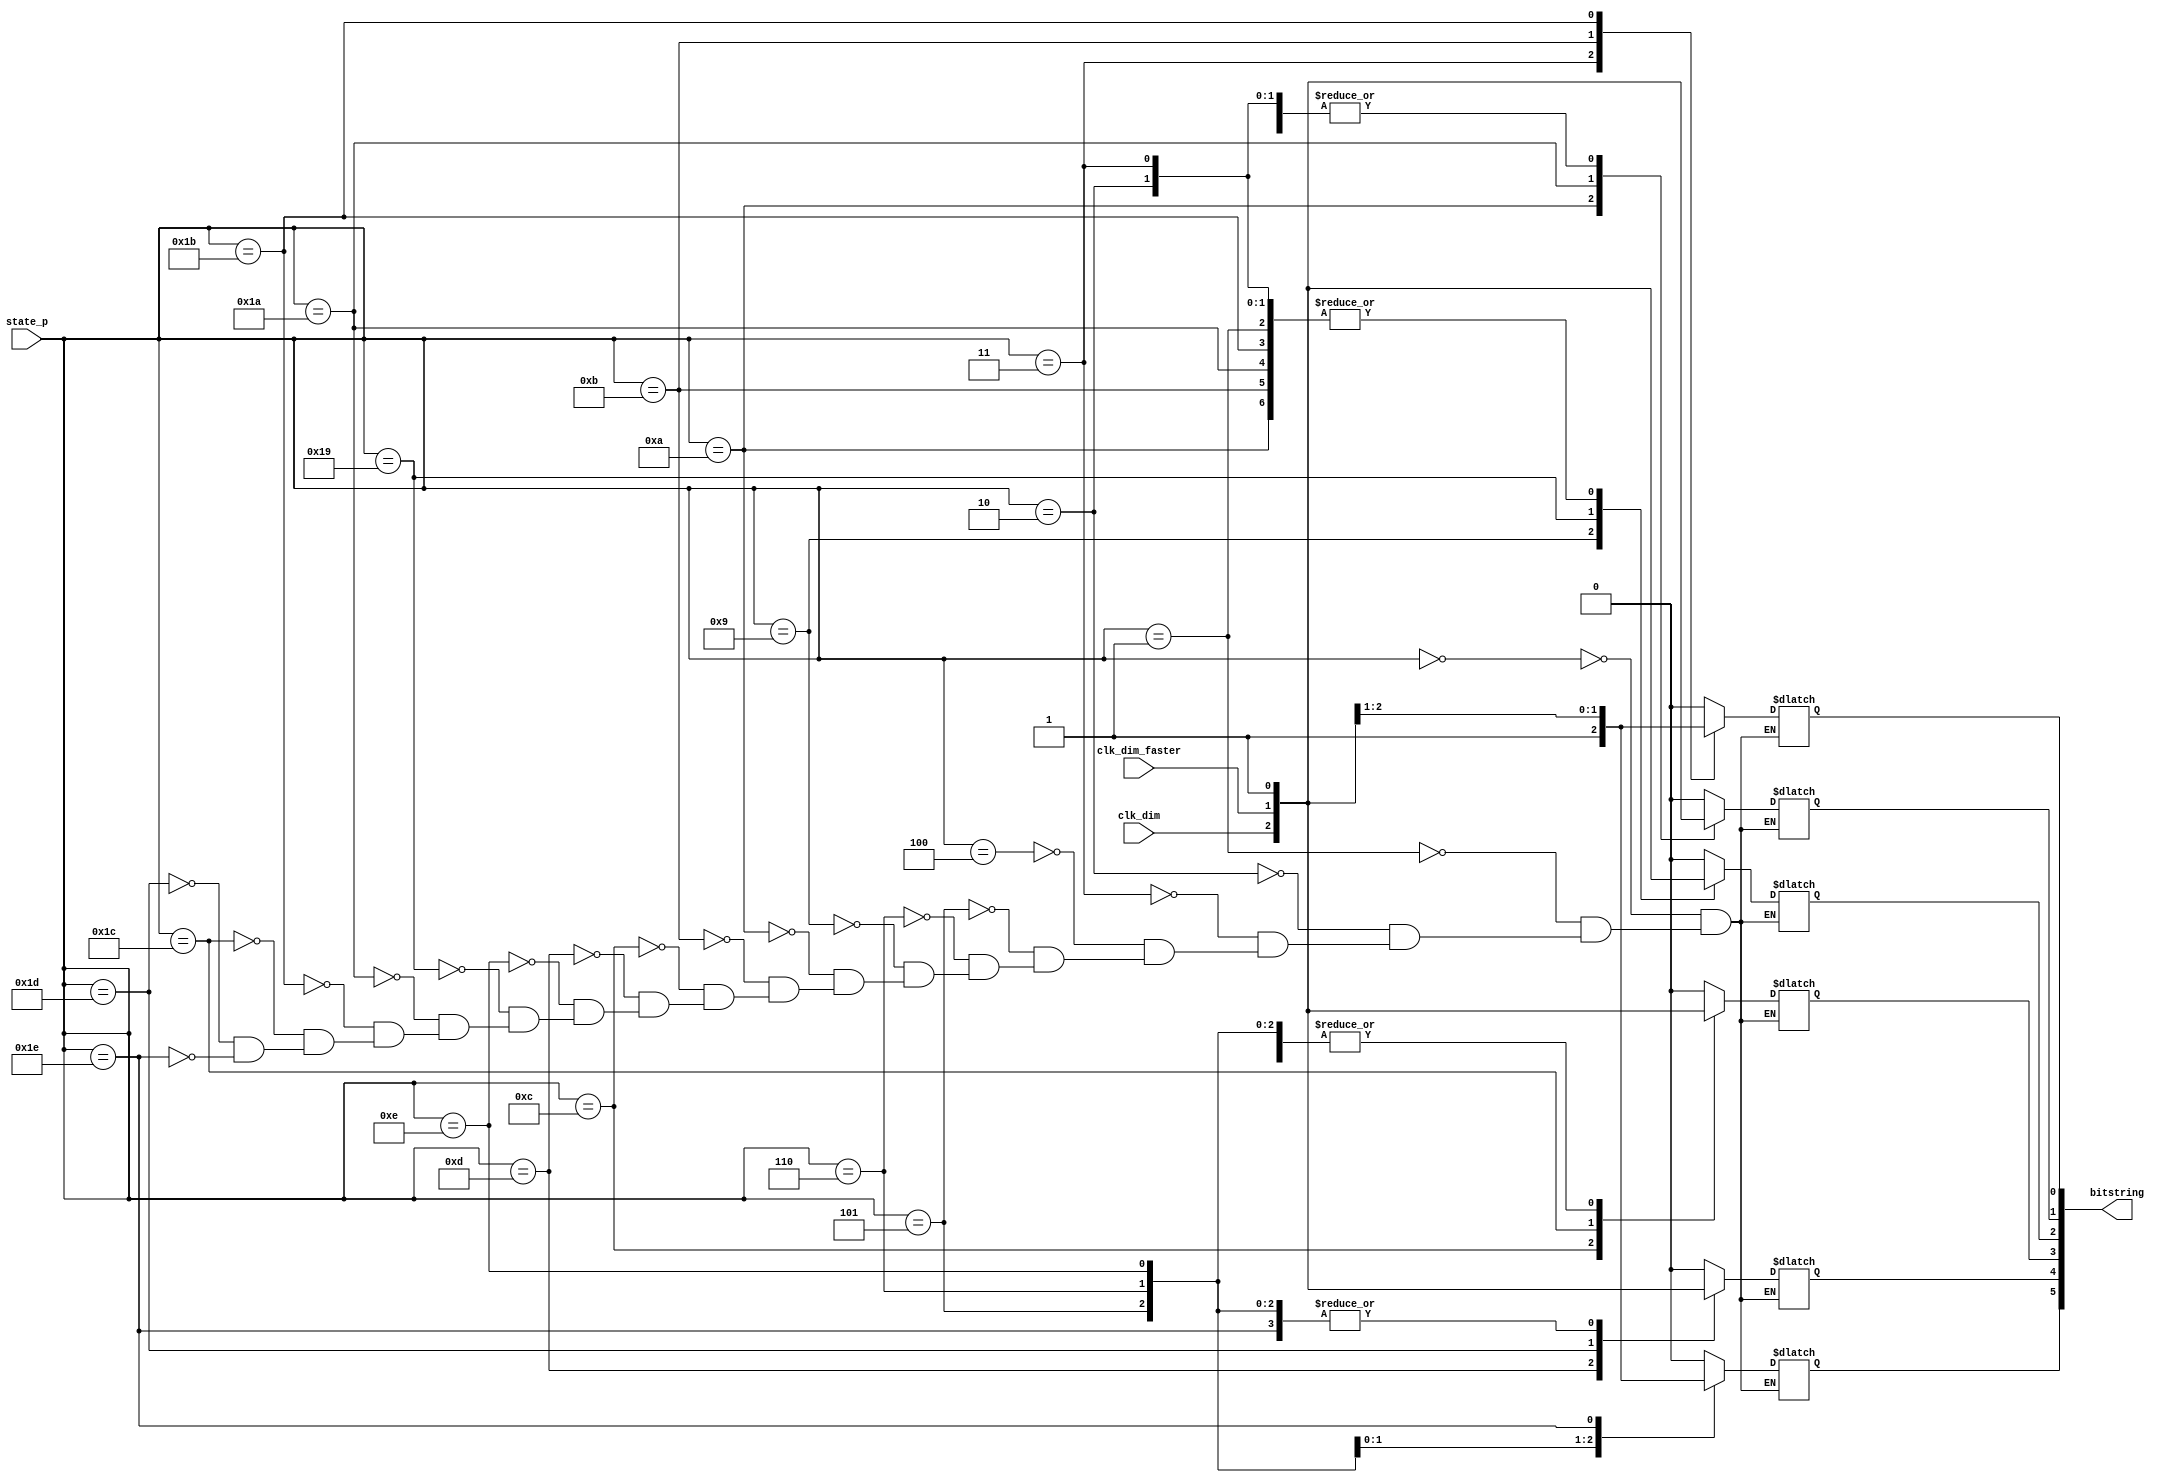
`timescale 1ns / 1ps
//////////////////////////////////////////////////////////////////////////////////
// Company: 
// Engineer: 
// 
// Design Name: 
// Module Name: output_logic
// Project Name: 
// Target Devices: 
// Tool Versions: 
// Description: 
// 
// Dependencies: 
// 
// Revision:
// Revision 0.01 - File Created
// Additional Comments:
// 
//////////////////////////////////////////////////////////////////////////////////


module output_logic(
    input [4:0] state_p,
    input clk_dim,
    input clk_dim_faster,
    output reg [5:0] bitstring
    );
    
    // normal light
    parameter S0 = 5'b00000;
    parameter S1 = 5'b00001;
    parameter S2 = 5'b00010;
    parameter S3 = 5'b00011;
    parameter S4 = 5'b00100;
    parameter S5 = 5'b00101;
    parameter S6 = 5'b00110;
    
    // dimmed
    parameter Sd1 = 5'b01001;
    parameter Sd2 = 5'b01010;
    parameter Sd3 = 5'b01011;
    parameter Sd4 = 5'b01100;
    parameter Sd5 = 5'b01101;
    parameter Sd6 = 5'b01110;
    
    // dimmed faster
    parameter Sf1 = 5'b11001;
    parameter Sf2 = 5'b11010;
    parameter Sf3 = 5'b11011;
    parameter Sf4 = 5'b11100;
    parameter Sf5 = 5'b11101;
    parameter Sf6 = 5'b11110;
    
    always @ (*)
        case(state_p)// full light
            S0: bitstring = 6'b000_000;
            S1: bitstring = 6'b000_100;
            S2: bitstring = 6'b000_110;
            S3: bitstring = 6'b000_111;
            S4: bitstring = 6'b001_000;
            S5: bitstring = 6'b011_000;
            S6: bitstring = 6'b111_000;
            Sd1: // slow light
            begin
                bitstring = 6'b000_000;
                bitstring[2] = clk_dim;
            end
            Sd2: 
            begin
                bitstring = 6'b000_100;
                bitstring[1] = clk_dim;
            end
            Sd3: 
            begin
                bitstring = 6'b000_110;
                bitstring[0] = clk_dim;
            end
            Sd4: 
            begin
                bitstring = 6'b000_000;
                bitstring[3] = clk_dim;
            end
            Sd5: 
            begin
                bitstring = 6'b001_000;
                bitstring[4] = clk_dim;
            end
            Sd6: 
            begin
                bitstring = 6'b011_000;
                bitstring[5] = clk_dim;
            end// fast light
            Sf1: 
            begin
                bitstring = 6'b000_000;
                bitstring[2] = clk_dim_faster;
            end
            Sf2: 
            begin
                bitstring = 6'b000_100;
                bitstring[1] = clk_dim_faster;
            end
            Sf3: 
            begin
                bitstring = 6'b000_110;
                bitstring[0] = clk_dim_faster;
            end
            Sf4: 
            begin
                bitstring = 6'b000_000;
                bitstring[3] = clk_dim_faster;
            end
            Sf5: 
            begin
                bitstring = 6'b001_000;
                bitstring[4] = clk_dim_faster;
            end
            Sf6: 
            begin
                bitstring = 6'b011_000;
                bitstring[5] = clk_dim_faster;
            end
        endcase
    
endmodule